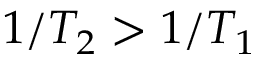
1 / T _ { 2 } > 1 / T _ { 1 }